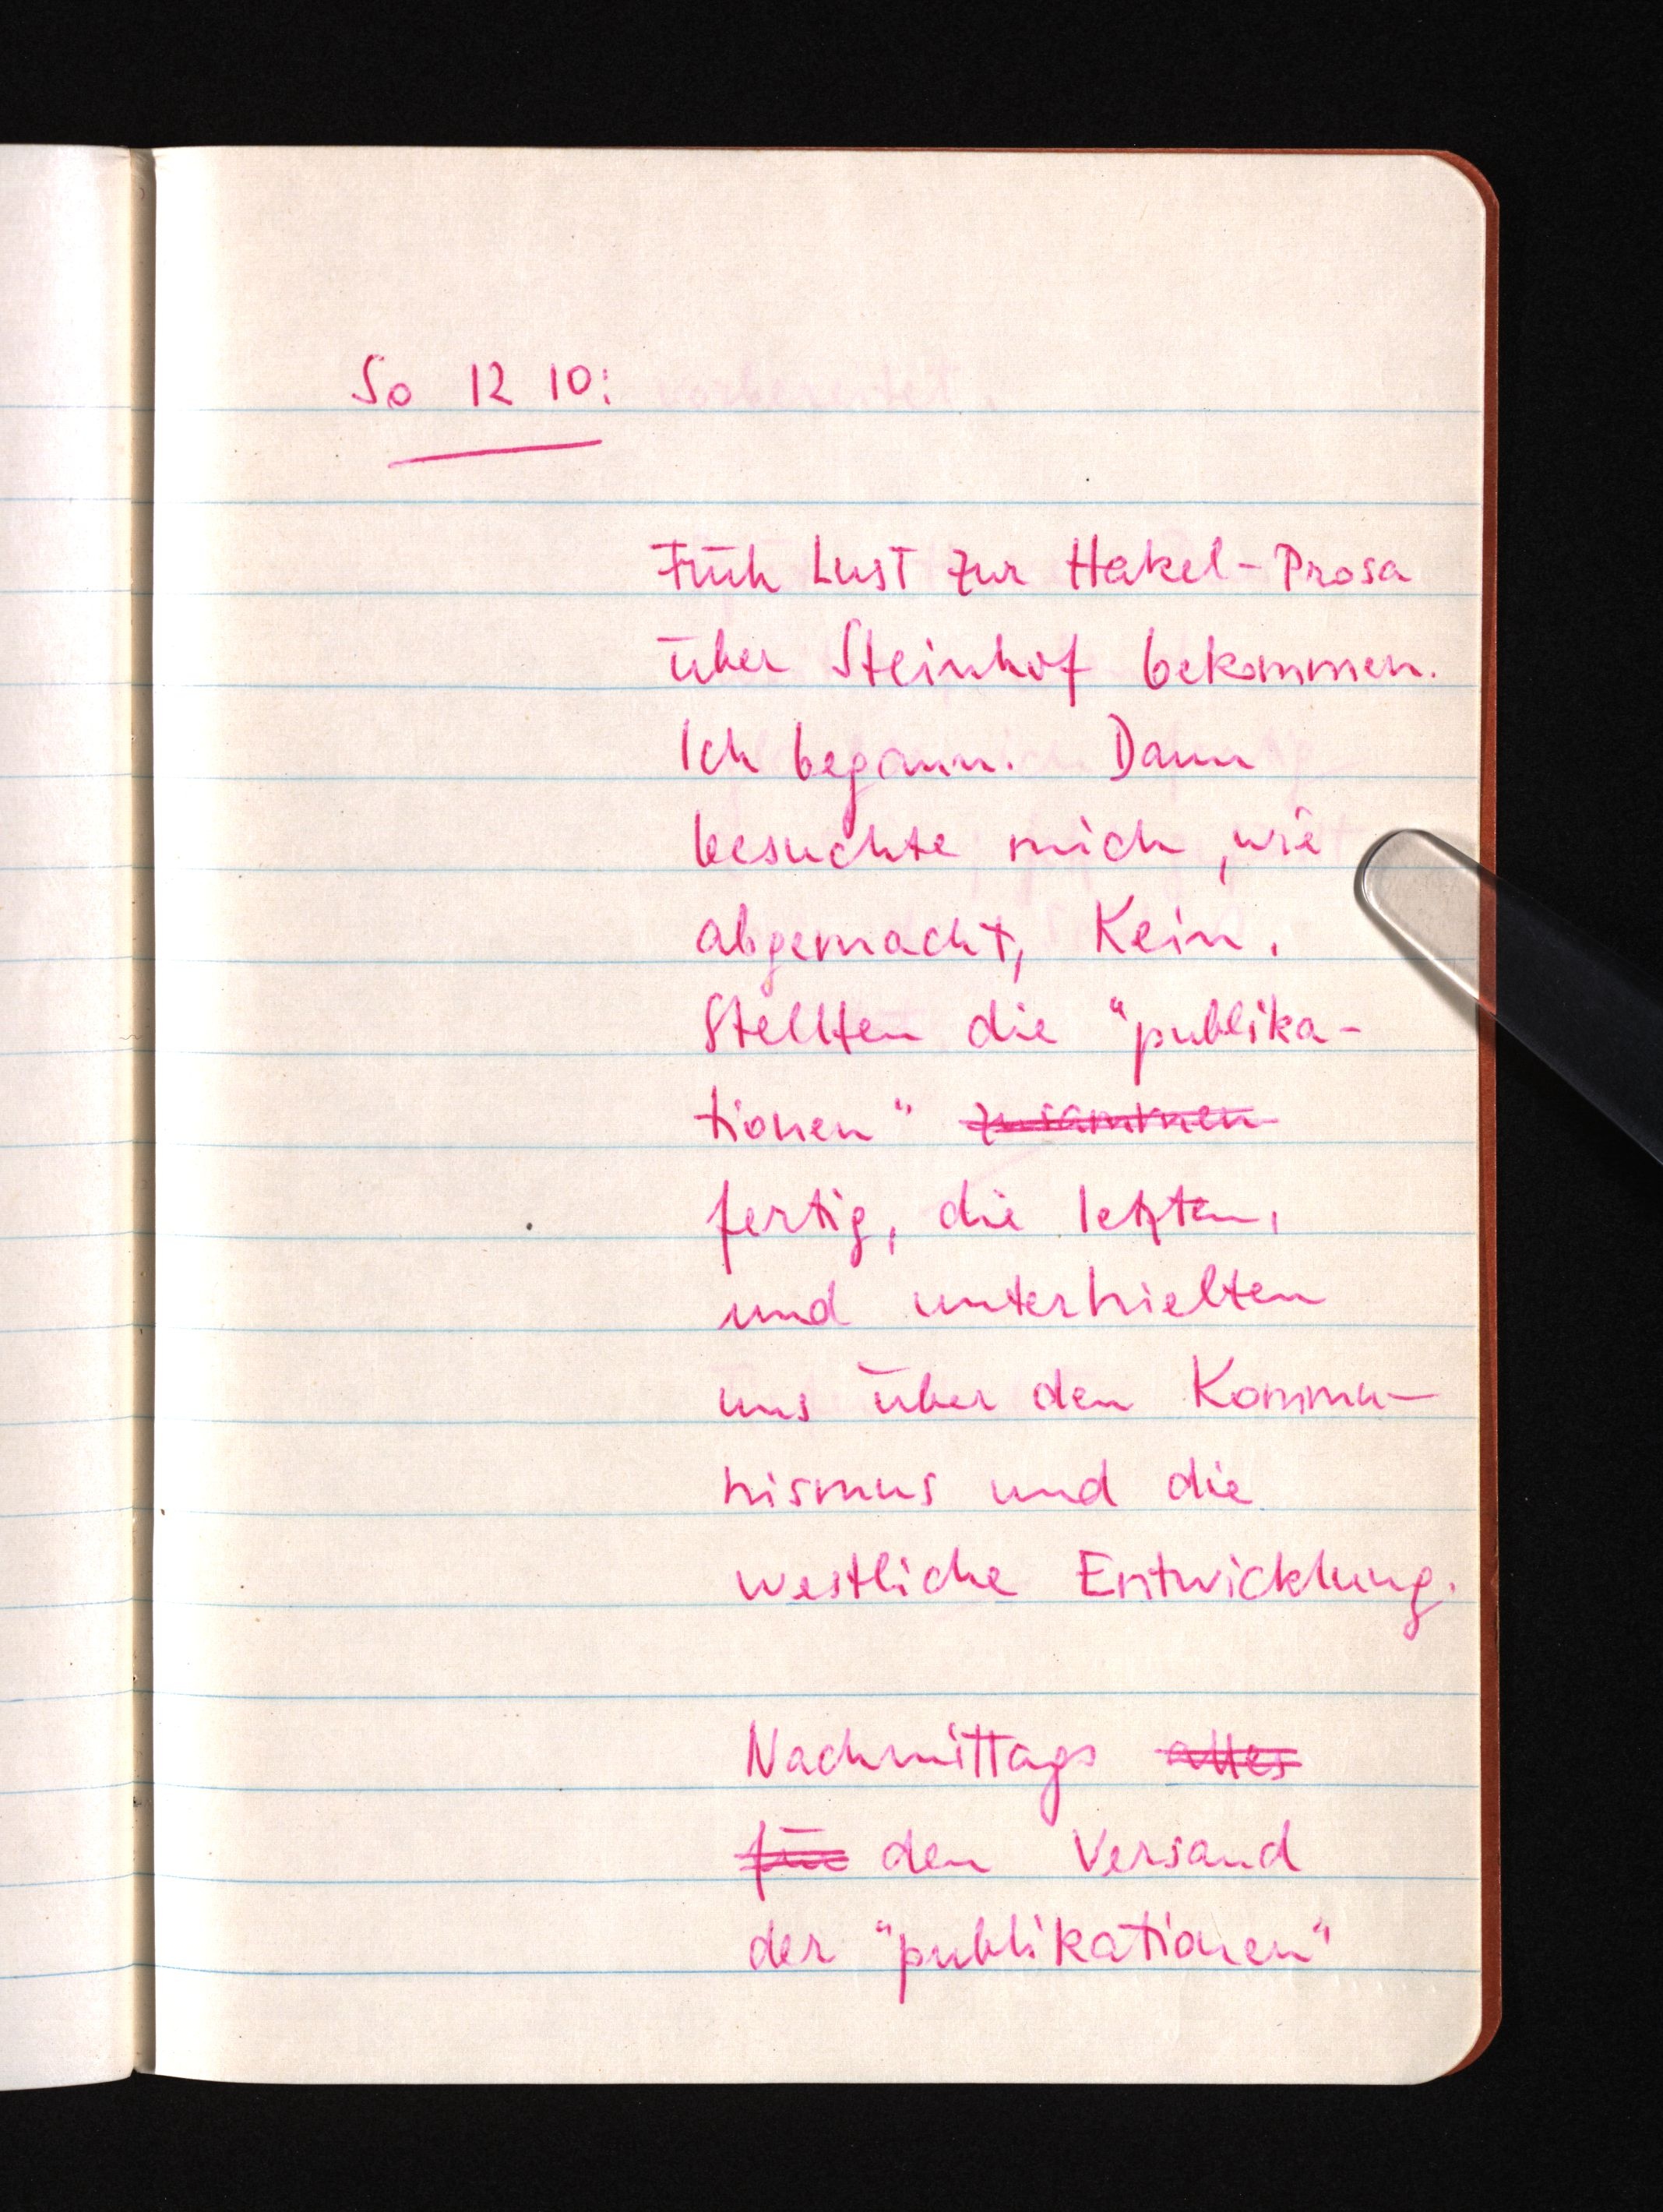
So 12 10:
Früh Lust zur Hakel-Prosa
über Steinhof bekommen.
Ich begann. Dann
besuchte mich, wie
abgemacht, Kein.
Stellten die "publika¬
tionen" zusammen
fertig, die letzten,
und unterhielten
uns über den Kommu¬
nismus und die
westliche Entwicklung.
Nachmittags alles
für den Versand
der "publikationen"